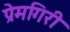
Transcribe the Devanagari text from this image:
प्रेमगिरी